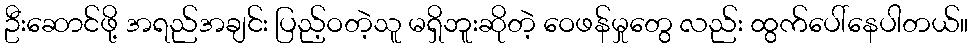
ဦးဆောင်ဖို့ အရည်အချင်း ပြည့်ဝတဲ့သူ မရှိဘူးဆိုတဲ့ ဝေဖန်မှုတွေ လည်း ထွက်ပေါ်နေပါတယ်။